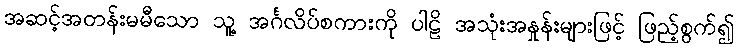
အဆင့်အတန်းမမီသော သူ့ အင်္ဂလိပ်စကားကို ပါဠိ အသုံးအနှုန်းများဖြင့် ဖြည့်စွက်၍